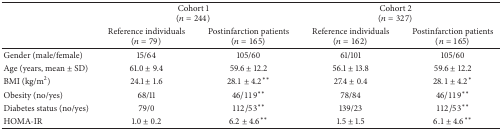
| <ROWSPAN=2>  | <COLSPAN=2> Cohort 1(n = 244) | <COLSPAN=2> Cohort 2(n = 327) |
 | Reference individuals(n = 79) | Postinfarction patients(n = 165) | Reference individuals(n = 162) | Postinfarction patients(n = 165) |
 | --- | --- | --- | --- | --- |
 | Gender (male/female) | 15/64 | 105/60 | 61/101 | 105/60 |
 | Age (years, mean ± SD) | 61.0 ± 9.4 | 59.6 ± 12.2 | 56.1 ± 13.8 | 59.6 ± 12.2 |
 | BMI (kg/m2) | 24.1 ± 1.6 | 28.1 ± 4.2∗∗ | 27.4 ± 0.4 | 28.1 ± 4.2∗ |
 | Obesity (no/yes) | 68/11 | 46/119∗∗ | 78/84 | 46/119∗∗ |
 | Diabetes status (no/yes) | 79/0 | 112/53∗∗ | 139/23 | 112/53∗∗ |
 | HOMA-IR | 1.0 ± 0.2 | 6.2 ± 4.6∗∗ | 1.5 ± 1.5 | 6.1 ± 4.6∗∗ |